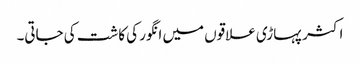
اکثر پہاڑی علاقوں میں انگور کی کاشت کی جاتی۔